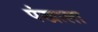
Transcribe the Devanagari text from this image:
पंखाला